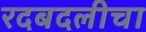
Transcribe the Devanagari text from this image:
रदबदलीचा